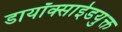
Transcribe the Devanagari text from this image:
डायॉक्साईडयुक्त